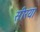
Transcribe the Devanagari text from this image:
सीरया